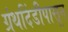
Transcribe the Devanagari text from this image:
ग्रंथदिंडीपासून